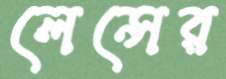
লেন্সের